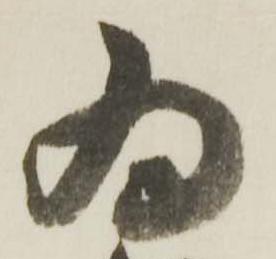
為